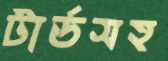
টার্ডসহ